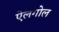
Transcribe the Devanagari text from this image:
ऐलगोल